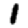
Digit: 1